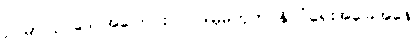
ဥပမာ ဥပဒေ အပြောင်းလဲ၊ ဒါမှမဟုတ် နိုင်ငံရေးအခြေအနေ